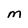
Character: M